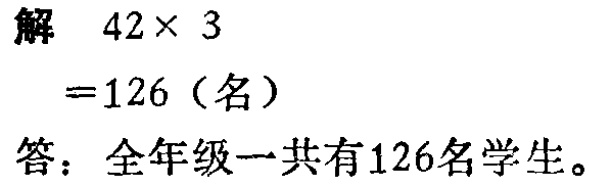
解 \(42\times 3\)

\(=126\)（名）

答：全年级一共有126名学生。